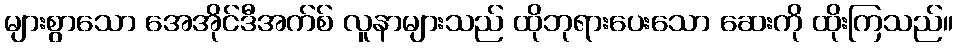
များစွာသော အေအိုင်ဒီအက်စ် လူနာများသည် ထိုဘုရားပေးသော ဆေးကို ထိုးကြသည်။